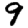
Digit: 9